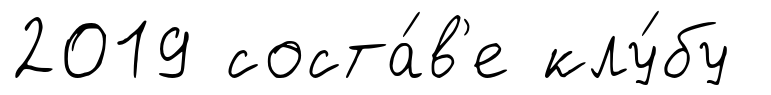
2019 соста́в'е клу́бу